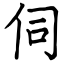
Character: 伺